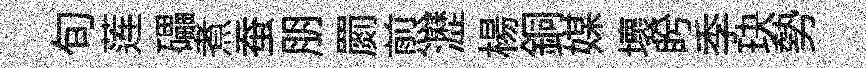
旬莲礧煮蚕朋罽煎瀝楊銅媒壞盻季玦勢